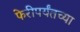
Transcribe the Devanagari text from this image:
फेरीपर्यंतच्या